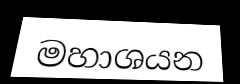
මහාශයන